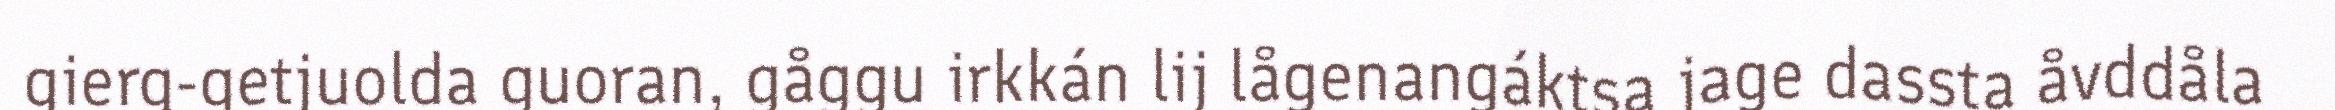
gierg-getjuolda guoran, gåggu irkkán lij lågenangáktsa jage dassta åvddåla